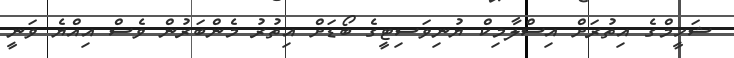
ޝަހީމްގެ އިތުރަށް އިސްލާމިކް ޔުނިވަސިޓީގެ ބޯޑަށް އިތުރު މެންބަރުން ވެސް އިއްޔެ ވަނީ